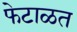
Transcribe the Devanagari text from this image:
फेटाळत